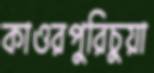
কাওরপুরিচুয়া